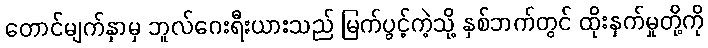
တောင်မျက်နှာမှ ဘူလ်ဂေးရီးယားသည် မြက်ပွင့်ကဲ့သို့ နှစ်ဘက်တွင် ထိုးနှက်မှုတို့ကို